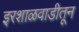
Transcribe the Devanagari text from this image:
इरशाळवाडीतून